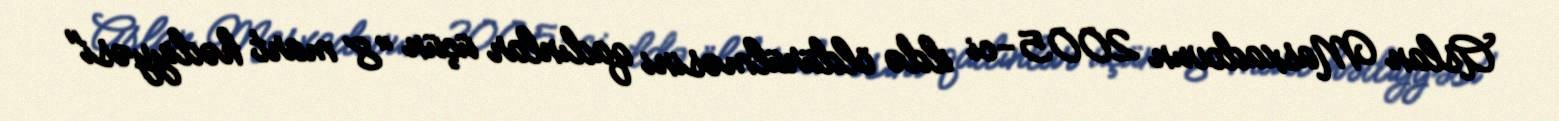
Aslan Masxadovun 2005-ci ildə öldürülməsini qadınlar üçün "8 mart hədiyyəsi"